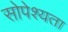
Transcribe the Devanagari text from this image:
सोपेश्यता